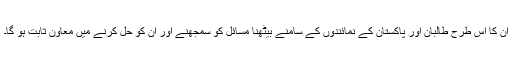
ان کا اس طرح طالبان اور پاکستان کے نمائندوں کے سامنے بیٹھنا مسائل کو سمجھنے اور ان کو حل کرنے میں معاون ثابت ہو گا۔